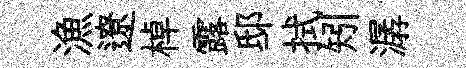
漁遼棹露邸拭矧潺